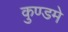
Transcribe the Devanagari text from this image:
कुण्डमे